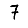
Digit: 7